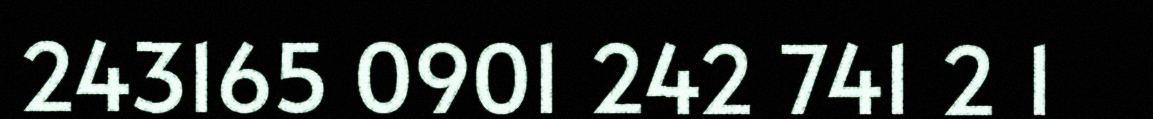
243165 0901 242 741 2 1